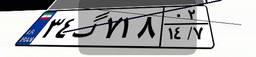
۲۱گ۴۲۷۳۱